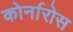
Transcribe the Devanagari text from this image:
कोर्नारोस